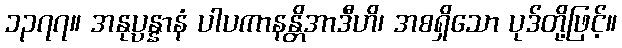
၁၃၇၇။ အနုပ္ပန္နာနံ ပါပကာနန္တိအာဒီဟိ၊ အစရှိသော ပုဒ်တို့ဖြင့်။